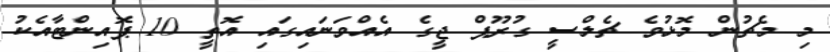
މި މެޗުން މޮޅުވެ ޗެލްސީ ގުރޫޕް ޖީގެ އެއްވަނައިގައި އޮތީ 10 ޕޮއިންޓާއެކު